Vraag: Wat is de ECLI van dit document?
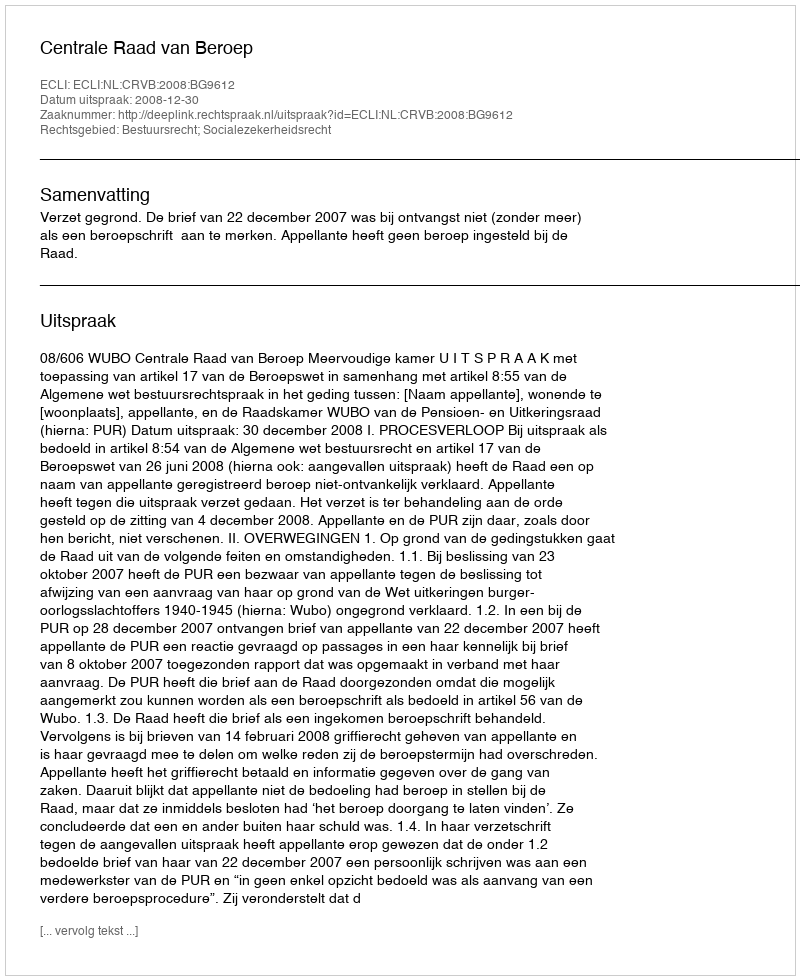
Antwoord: ECLI:NL:CRVB:2008:BG9612